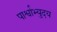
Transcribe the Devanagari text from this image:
पार्श्वाभ्युदय